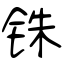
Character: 铢